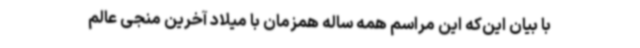
با بیان این‌که این مراسم همه ساله همزمان با میلاد آخرین منجی عالم